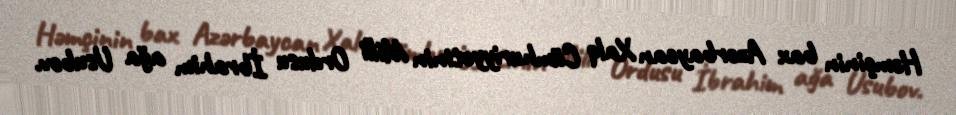
Həmçinin bax Azərbaycan Xalq Cümhuriyyətinin Milli Ordusu İbrahim ağa Usubov.